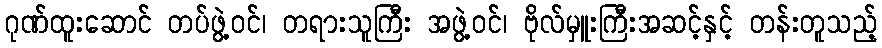
ဂုဏ်ထူးဆောင် တပ်ဖွဲ့ဝင်၊ တရားသူကြီး အဖွဲ့ဝင်၊ ဗိုလ်မှူးကြီးအဆင့်နှင့် တန်းတူသည့်